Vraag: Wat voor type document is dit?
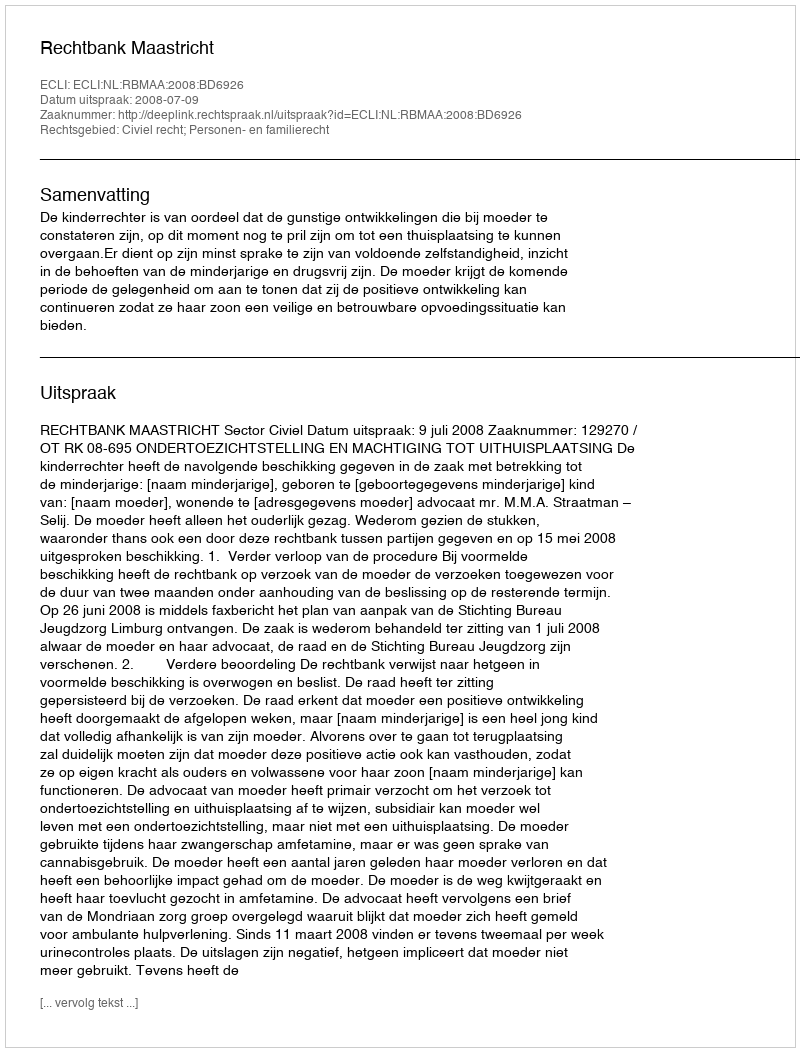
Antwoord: Uitspraak